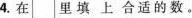
⒋. 在 \square里填上合适的数。